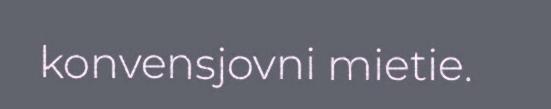
konvensjovni mietie.